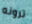
ترونه